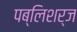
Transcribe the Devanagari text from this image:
पब्लिशर्ज